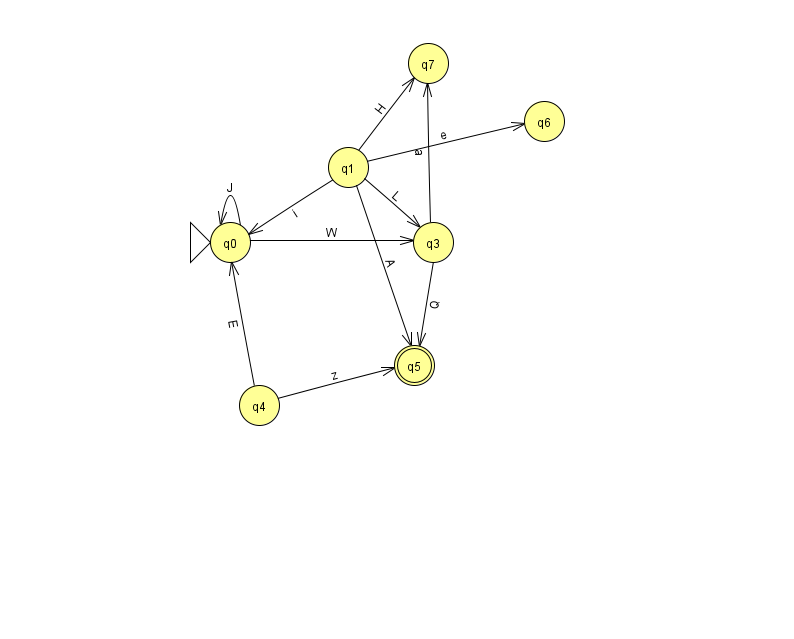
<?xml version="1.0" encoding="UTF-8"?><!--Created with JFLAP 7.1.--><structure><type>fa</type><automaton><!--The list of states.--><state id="0" name="q0"><x>230.0</x><y>229.0</y><initial/></state><state id="1" name="q1"><x>348.0</x><y>154.0</y></state><state id="3" name="q3"><x>433.0</x><y>229.0</y></state><state id="4" name="q4"><x>259.0</x><y>392.0</y></state><state id="5" name="q5"><x>414.0</x><y>352.0</y><final/></state><state id="6" name="q6"><x>544.0</x><y>108.0</y></state><state id="7" name="q7"><x>428.0</x><y>50.0</y></state><!--The list of transitions.--><transition><from>3</from><to>7</to><read>a</read></transition><transition><from>1</from><to>0</to><read>i</read></transition><transition><from>1</from><to>5</to><read>A</read></transition><transition><from>3</from><to>5</to><read>Q</read></transition><transition><from>4</from><to>0</to><read>E</read></transition><transition><from>1</from><to>6</to><read>e</read></transition><transition><from>0</from><to>0</to><read>J</read></transition><transition><from>0</from><to>3</to><read>W</read></transition><transition><from>1</from><to>7</to><read>H</read></transition><transition><from>4</from><to>5</to><read>z</read></transition><transition><from>1</from><to>3</to><read>L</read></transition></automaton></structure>